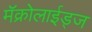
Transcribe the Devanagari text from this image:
मॅक्रोलाईड्ज